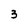
Character: 3